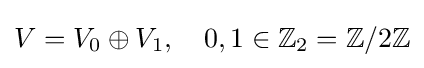
V=V_{0}\oplus V_{1},\quad 0,1\in \mathbb {Z} _{2}=\mathbb {Z} /2\mathbb {Z}